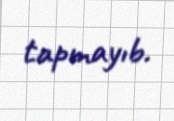
tapmayıb.